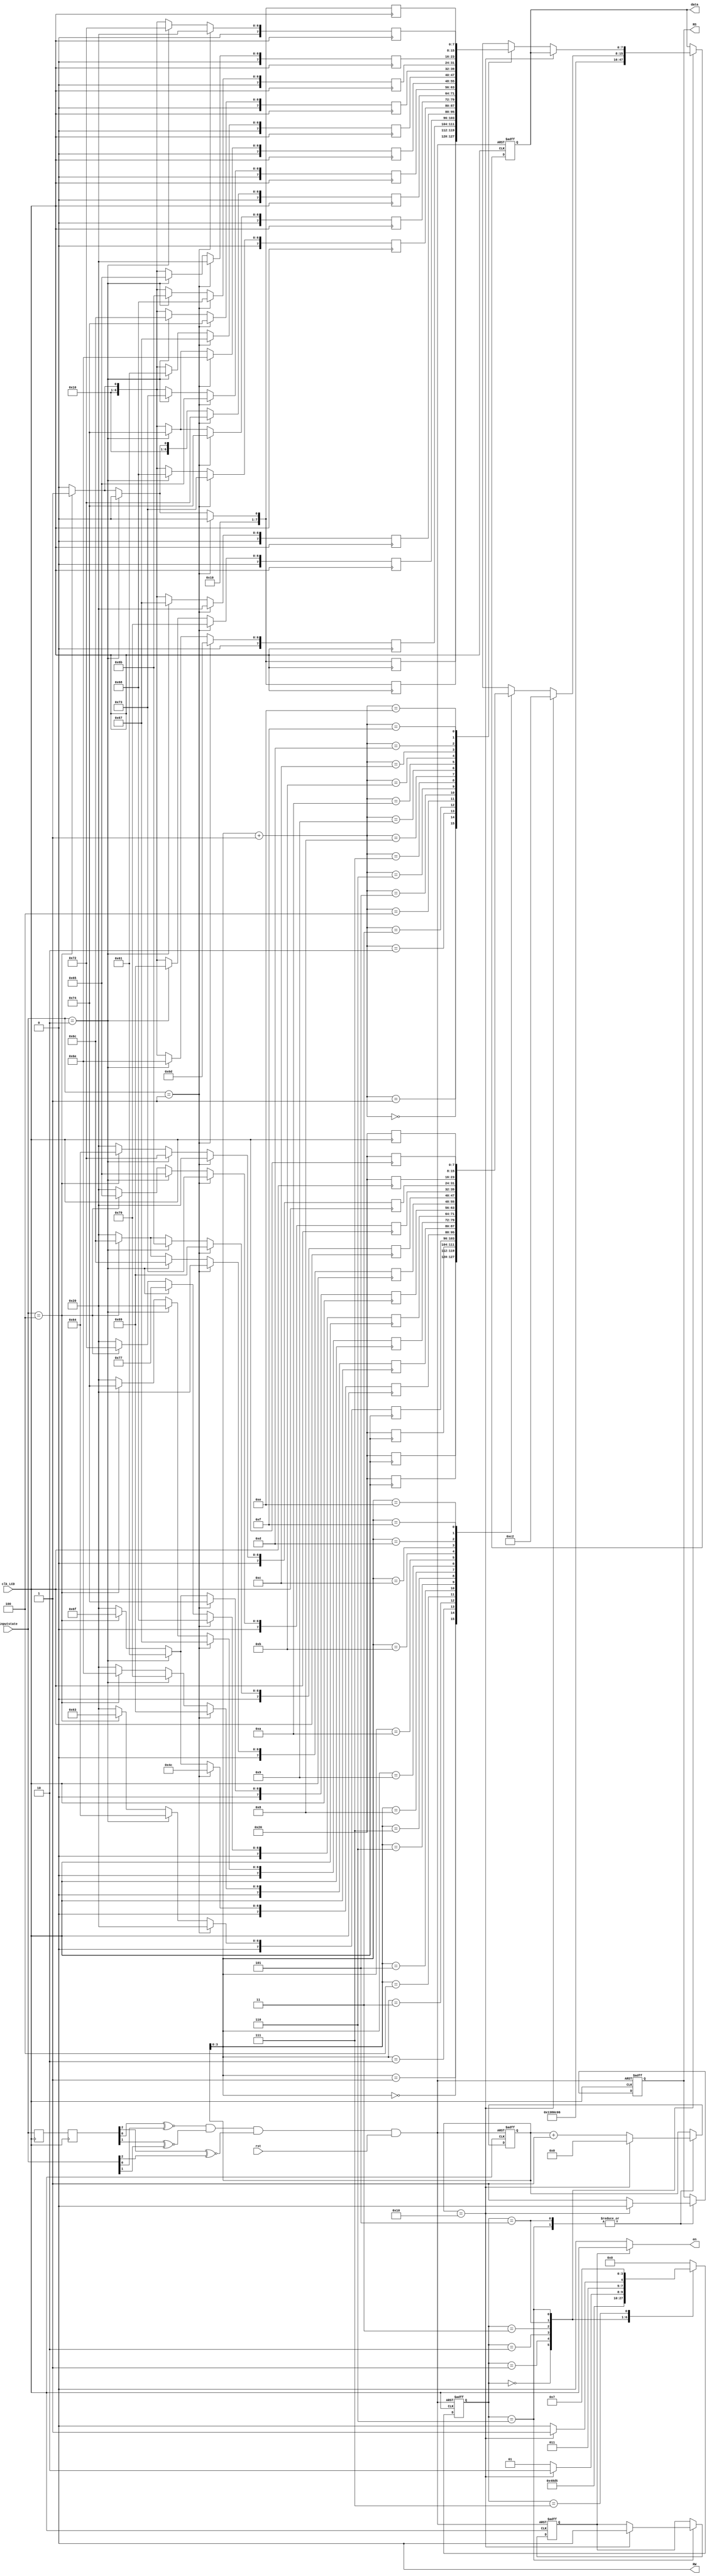
module lcd(
        clk_LCD,
		  inputstate,
		  rst,
        en,
        RS,
        RW,
        data
);
input clk_LCD;//250Hz
input [2:0] inputstate;
input rst;     
output   en,RS,RW;
output   reg  [7:0]  data;
reg      RS,en_sel;
reg      [4:0]    disp_count;
reg      [3:0]   state;
parameter   clear_lcd=4'b0000,//清屏并光标复位
            set_disp_mode=4'b0001,//设置显示模式：8位2行5x7点阵   
            disp_on=4'b0010,//显示器开、光标不显示、光标不允许闪烁
            shift_down=4'b0011,//文字不动，光标自动右移 
            write_data_first=4'b0101,//写入第一行显示的数据
            write_data_second=4'b0110,//写入第二行显示的数据
            idel=4'b0111;//空闲状态   
assign  RW = 1'b0;//RW=0时对LCD模块执行写操作
assign  en = en_sel ? clk_LCD : 1'b0;

reg [7:0]     data_first_line  [15:0];  //第一行数据
reg [7:0]     data_second_line [15:0];  //第二行数据

/*****************LSS改的部分**********************/
reg[2:0] RGY;//当前红绿灯
reg[2:0] RGYmid;//延时中间变量
reg[2:0] RGYbefore;//延时前一时钟变量
reg RGYrst;
always//实时更新当前信号
begin
RGY=inputstate;
end
always@(posedge clk_LCD)//延时
begin
//延时赋值
RGYmid<=RGY;
RGYbefore<=RGYmid;
end
always//“同或”对比等变了没？变了（或rst变0）RGYrst变量就变0，否则是1，下边的rst变成RGYrst
begin
RGYrst=(RGYbefore[0]^~RGY[0])&(RGYbefore[1]^~RGY[1])&(RGYbefore[2]^~RGY[2])&rst;
end
/***********************************************/

always @(negedge clk_LCD )
begin
if(inputstate==3'b001)
begin// Light is my strength
   data_first_line[0] <= 8'h20;
   data_first_line[1] <= 8'h20;
   data_first_line[2] <= 8'h20;
   data_first_line[3] <= 8'h20;
   data_first_line[4] <= 8'b01001100;//L
   data_first_line[5] <= 8'b01101001;//i
   data_first_line[6] <= 8'b01100111;//g
   data_first_line[7] <= 8'b01101000;//h
   data_first_line[8] <= 8'b01110100;//t
   data_first_line[9] <= 8'h20;
   data_first_line[10] <= 8'b01101001;//i
   data_first_line[11] <= 8'b01110011;//s
   data_first_line[12] <= 8'h20;
   data_first_line[13] <= 8'h20;
	data_first_line[14] <= 8'h20;
   data_first_line[15] <= 8'h20;
	
	data_second_line[0] <= 8'h20;
   data_second_line[1] <= 8'h20;
   data_second_line[2] <= 8'b01101101;//m
   data_second_line[3] <= 8'b01111001;//y
   data_second_line[4] <= 8'h20;
   data_second_line[5] <= 8'b01110011;//s
   data_second_line[6] <= 8'b01110100;//t
   data_second_line[7] <= 8'b01110010;//r
   data_second_line[8] <= 8'b01100101;//e
   data_second_line[9] <= 8'b01101110;//n
   data_second_line[10] <= 8'b01100111;//g
   data_second_line[11] <= 8'b01110100;//t
   data_second_line[12] <= 8'b01101000;//h
   data_second_line[13] <= 8'h20;
   data_second_line[14] <= 8'h20;
   data_second_line[15] <= 8'h20;
end
else if(inputstate==3'b010)
begin//day walker ,night stalker
   data_first_line[0] <= 8'h20;
   data_first_line[1] <= 8'h20;
   data_first_line[2] <= 8'h20;
   data_first_line[3] <= 8'b01100100;//d
   data_first_line[4] <= 8'b01100001;//a
	data_first_line[5] <= 8'b01111001;//y
   data_first_line[6] <= 8'h20;
   data_first_line[7] <= 8'b01110111;//w
   data_first_line[8] <= 8'b01100001;//a
   data_first_line[9] <= 8'b01101100;//l
   data_first_line[10] <= 8'b01101011;//k
   data_first_line[11] <= 8'b01100101;//e
   data_first_line[12] <= 8'b01110010;//r
   data_first_line[13] <= 8'h20;
   data_first_line[14] <= 8'h20;
	data_first_line[15] <= 8'h20;
	
	data_second_line[0] <= 8'h20;
   data_second_line[1] <= 8'h20;
   data_second_line[2] <= 8'b01101110;//n
   data_second_line[3] <= 8'b01101001;//i
   data_second_line[4] <= 8'b01100111;//g
   data_second_line[5] <= 8'b01101000;//h
   data_second_line[6] <= 8'b01110100;//t
   data_second_line[7] <= 8'h20;
   data_second_line[8] <= 8'b01110011;//s
	
   data_second_line[9] <= 8'b01110100;//t
   data_second_line[10] <= 8'b01100001;//a
   data_second_line[11] <= 8'b01101100;//l
   data_second_line[12] <= 8'b01101011;//k
   data_second_line[13] <= 8'b01100101;//e
   data_second_line[14] <= 8'b01110010;//r
   data_second_line[15] <= 8'h20;
end
else if(inputstate==3'b100) begin//controlled
   data_first_line[0] <= 8'h20;
   data_first_line[1] <= 8'h20;
   data_first_line[2] <= 8'h20;
   data_first_line[3] <= 8'b01100011;//c
   data_first_line[4] <= 8'b01101111;//o
	data_first_line[5] <= 8'b01101110;//n
	data_first_line[6] <= 8'b01110100;//t
   data_first_line[7] <= 8'b01110010;//r
   data_first_line[8] <= 8'b01101111;//o
   data_first_line[9] <= 8'b01101100;//l
   data_first_line[10] <= 8'b01101100;//l
   data_first_line[11] <= 8'b01100101;//e
   data_first_line[12] <= 8'b01100100;//d
   data_first_line[13] <= 8'h20;
   data_first_line[14] <= 8'h20;
   data_first_line[15] <= 8'h20;
	
	data_second_line[0] <= 8'b00100001;
   data_second_line[1] <= 8'b00100001;
   data_second_line[2] <= 8'b00100001;
   data_second_line[3] <= 8'b00100001;
   data_second_line[4] <=8'b00100001;
   data_second_line[5] <= 8'b00100001;
   data_second_line[6] <= 8'b00100001;
   data_second_line[7] <= 8'b00100001;
   data_second_line[8] <= 8'b00100001;//!
   data_second_line[9] <= 8'b00100001;
   data_second_line[10] <= 8'b00100001;
   data_second_line[11] <= 8'b00100001;
   data_second_line[12] <= 8'b00100001;
   data_second_line[13] <= 8'b00100001;
   data_second_line[14] <= 8'b00100001;
   data_second_line[15] <= 8'b00100001;
end

else begin
	data_first_line[0]=8'h20;
	data_first_line[1]=8'h20;
	data_first_line[2]=8'h20;
	data_first_line[3]=8'h20;
	data_first_line[4]=8'h20;
	data_first_line[5]=8'h20;
	data_first_line[6]=8'h20;
	data_first_line[7]=8'h20;
	data_first_line[8]=8'h20;
	data_first_line[9]=8'h20;
	data_first_line[10]=8'h20;
	data_first_line[11]=8'h20;
	data_first_line[12]=8'h20;
	data_first_line[13]=8'h20;
	data_first_line[14]=8'h20;
	data_first_line[15]=8'h20;
	
	data_second_line[0] <= 8'h20;
   data_second_line[1] <= 8'h20;
   data_second_line[2] <= 8'h20;
   data_second_line[3] <= 8'h20;
   data_second_line[4] <= 8'h20;
   data_second_line[5] <= 8'h20;
   data_second_line[6] <= 8'h20;
   data_second_line[7] <= 8'h20;
   data_second_line[8] <= 8'h20;//!
   data_second_line[9] <= 8'h20;
   data_second_line[10] <= 8'h20;
   data_second_line[11] <= 8'h20;
   data_second_line[12] <= 8'h20;
   data_second_line[13] <= 8'h20;
   data_second_line[14] <= 8'h20;
   data_second_line[15] <= 8'h20;
end
end

always @(posedge clk_LCD or negedge RGYrst)
begin
   if(!RGYrst)
      begin
          state<= clear_lcd;//复位：清屏并光标复位  
          RS<=1'b0;//复位：RS=0时为写指令；                      
          data<=8'b0;//复位：使DB8总线输出全0
          en_sel<=1'b1;//复位：开启夜晶使能信号
          disp_count<=5'b0;
      end
   else
      case(state)
      clear_lcd://初始化LCD模块
             begin//清屏并光标复位
                state  <= set_disp_mode;
                data  <= 8'h01;               
             end
      set_disp_mode://设置显示模式：8位2行5x8点阵 
             begin
                state<= disp_on;
                data<= 8'h38;                              
             end
      disp_on://显示器开、光标不显示、光标不允许闪烁
             begin
                state<= shift_down;
                data<= 8'h0c;                           
             end
      shift_down:        //文字不动，光标自动右移 
            begin
                state<= write_data_first;
                data<= 8'h06;                         
            end
      write_data_first:              //显示第一行                         
            begin
                if(disp_count == 16)                      
                    begin
                        data    <= 8'hc2;               
                        RS     <= 1'b0;
                        disp_count   <= 4'b0;
                        state    <= write_data_second;        
                    end
                else
                    begin
                        data    <= data_first_line[disp_count];
                        RS     <= 1'b1;                  
                        disp_count   <= disp_count + 1'b1;
                        state    <= write_data_first;
                    end
            end
      write_data_second:                      //显示第二行
            begin
                if(disp_count == 16)
                    begin
                        en_sel   <= 1'b0;
                        RS    <= 1'b0;
                        disp_count  <= 4'b0;
                        state   <= idel;                     
                    end
                else
                    begin
                        data    <= data_second_line[disp_count+1];
                        RS     <= 1'b1;
                        disp_count   <= disp_count + 1'b1;
                        state    <= write_data_second;
                    end             
            end
      idel:            //写完进入空闲状态
            begin
                state <=  idel;             //在Idel状态循环 
            end
      default:  state <= clear_lcd;         //若state为其他值，则将state置为Clear_Lcd
      endcase
end
endmodule